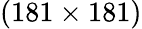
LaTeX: (181\times 181)